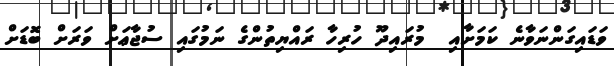
ވަޑައިގަންނަވާނެ ކަމަށާއި  މުރައިދޫ ހުރިހާ ރައްޔިތުންގެ ނަމުގައި ސުޖާޢަށް ވަރަށް ބޮޑަށް